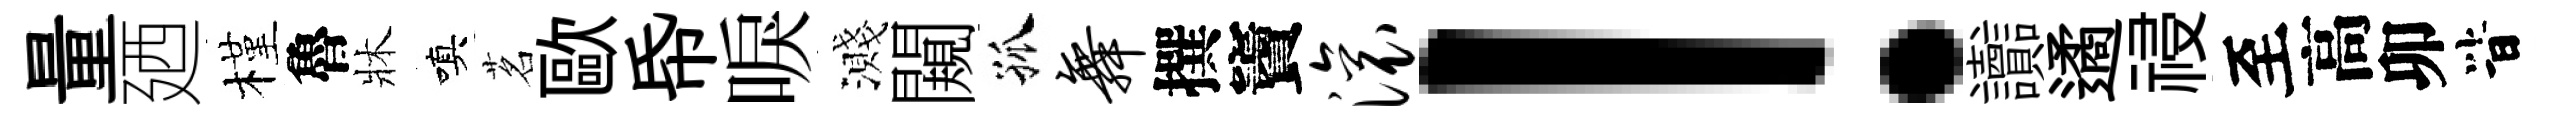
量廼槿魯牀嗔茗歐帋唳濺闚孤舞撰竇滚！讟遹祲至高卯𣅜